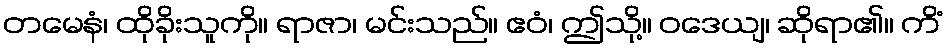
တမေနံ၊ ထိုခိုးသူကို။ ရာဇာ၊ မင်းသည်။ ဧဝံ၊ ဤသို့။ ဝဒေယျ၊ ဆိုရာ၏။ ကိံ